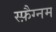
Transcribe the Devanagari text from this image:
स्फ़ैग्नम